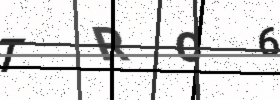
Text: TRC6